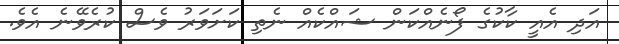
އަދި އެއީ ކާކުގެ ފޯނެއްކަން ޝައްކެއް ނެތި ކަށަވަރު ވެސް ކުރެވޭނެ އެވެ.